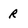
Character: R